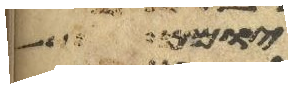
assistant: יומם